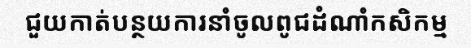
ជួយកាត់បន្ថយការនាំចូលពូជដំណាំកសិកម្ម